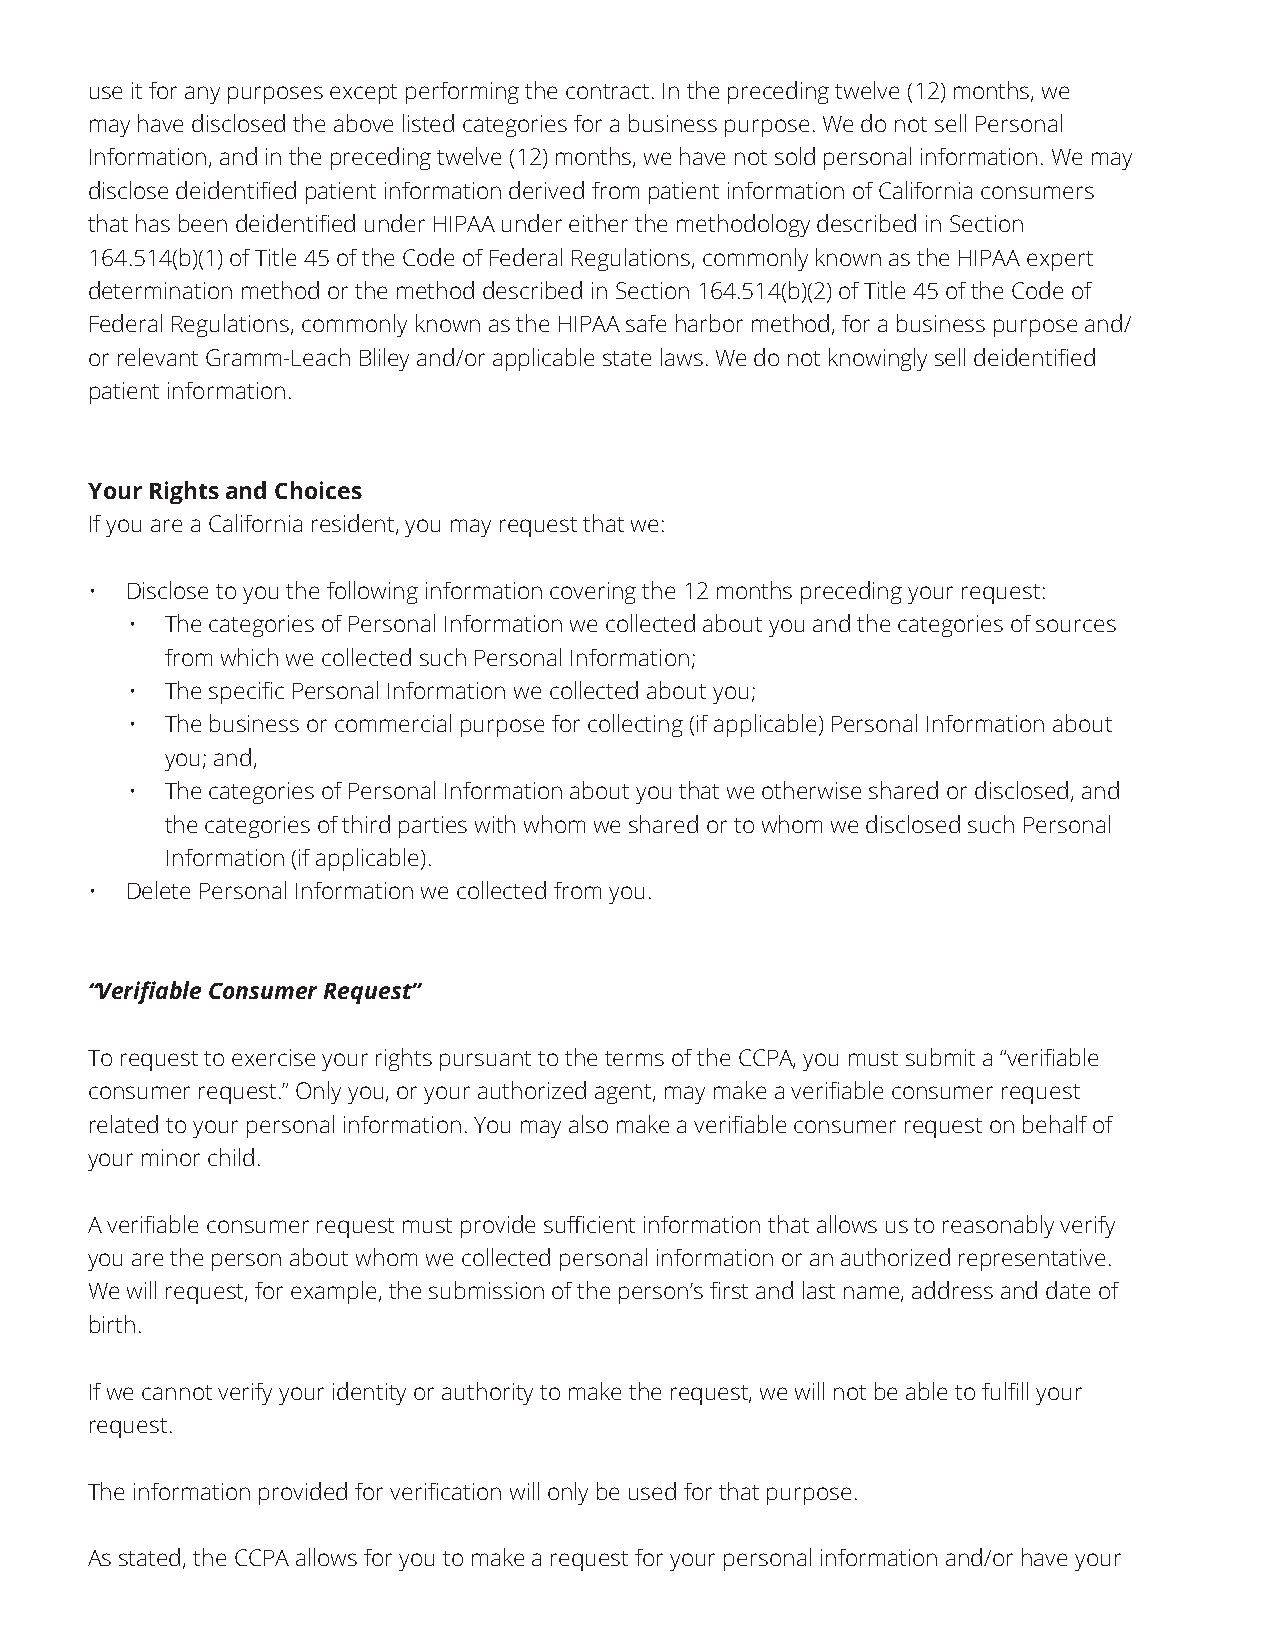
use it for any purposes except performing the contract. In the preceding twelve (12) months, we
 may have disclosed the above listed categories for a business purpose. We do not sell Personal
 Information, and in the preceding twelve (12) months, we have not sold personal information. We may
 disclose deidentified patient information derived from patient information of California consumers
 that has been deidentified under HIPAA under either the methodology described in Section
 164.514(b)(1) of Title 45 of the Code of Federal Regulations, commonly known as the HIPAA expert
 determination method or the method described in Section 164.514(b)(2) of Title 45 of the Code of
 Federal Regulations, commonly known as the HIPAA safe harbor method, for a business purpose and/
 or relevant Gramm-Leach Bliley and/or applicable state laws. We do not knowingly sell deidentified
 patient information.
 Your Rights and Choices
 If you are a California resident, you may request that we:
 • Disclose to you the following information covering the 12 months preceding your request:
 •  The categories of Personal Information we collected about you and the categories of sources
 from which we collected such Personal Information;
 •  The specific Personal Information we collected about you;
 •  The business or commercial purpose for collecting (if applicable) Personal Information about
 you; and,
 •  The categories of Personal Information about you that we otherwise shared or disclosed, and
 the categories of third parties with whom we shared or to whom we disclosed such Personal
 Information (if applicable).
 • Delete Personal Information we collected from you.
 “Verifiable Consumer Request”
 To request to exercise your rights pursuant to the terms of the CCPA, you must submit a “verifiable
 consumer request.” Only you, or your authorized agent, may make a verifiable consumer request
 related to your personal information. You may also make a verifiable consumer request on behalf of
 your minor child.
 A verifiable consumer request must provide sufficient information that allows us to reasonably verify
 you are the person about whom we collected personal information or an authorized representative.
 We will request, for example, the submission of the person’s first and last name, address and date of
 birth.
 If we cannot verify your identity or authority to make the request, we will not be able to fulfill your
 request.
 The information provided for verification will only be used for that purpose.
 As stated, the CCPA allows for you to make a request for your personal information and/or have your